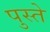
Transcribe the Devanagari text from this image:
पुस्ते